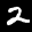
Digit: 2